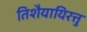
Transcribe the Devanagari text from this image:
तिशैयायिरत्तु